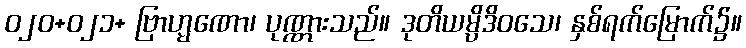
ဝ၂၀+ဝ၂၁+ ဗြာဟ္မဏော၊ ပုဏ္ဏားသည်။ ဒုတိယမ္ပိဒိဝသေ၊ နှစ်ရက်မြောက်၌။